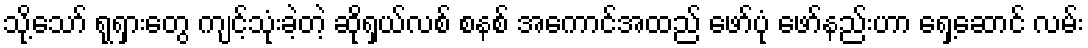
သို့သော် ရုရှားတွေ ကျင့်သုံးခဲ့တဲ့ ဆိုရှယ်လစ် စနစ် အကောင်အထည် ဖော်ပုံ ဖော်နည်းဟာ ရှေ့ဆောင် လမ်း